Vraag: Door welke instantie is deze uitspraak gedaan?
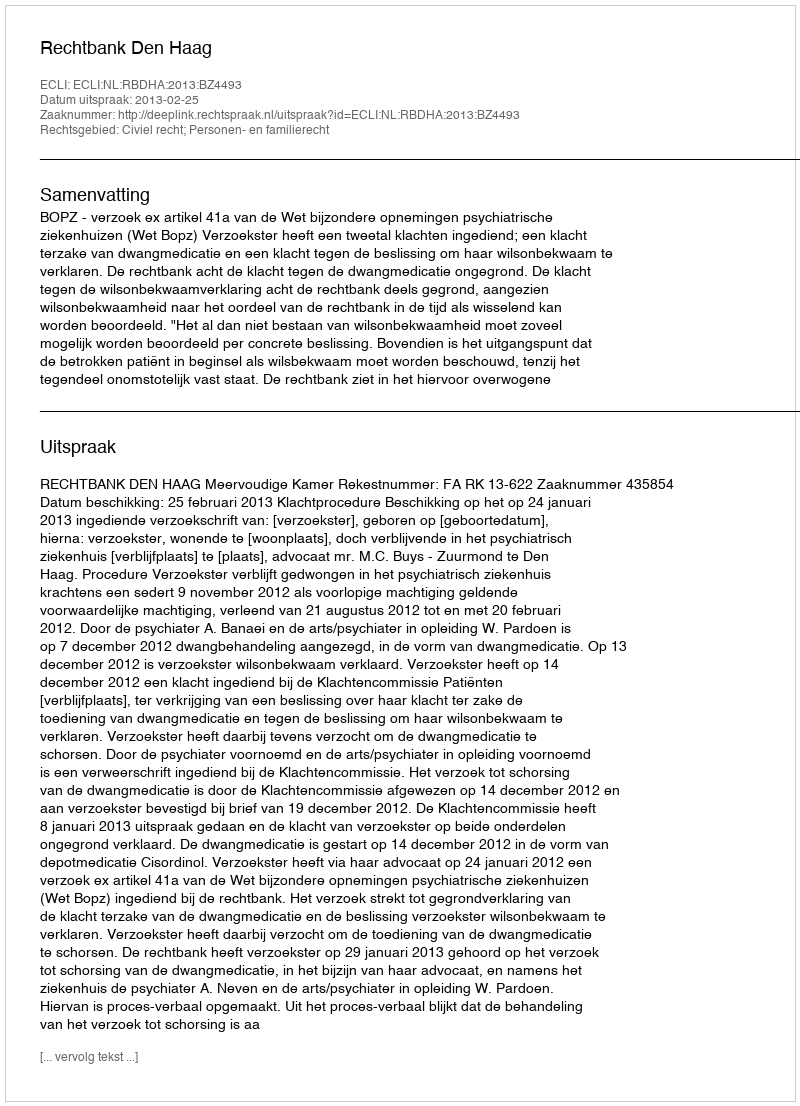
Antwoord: Rechtbank Den Haag